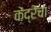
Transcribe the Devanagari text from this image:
केंद्रेंचा